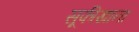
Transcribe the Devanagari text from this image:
सूफीखाना